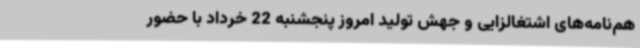
هم‌نامه‌های اشتغالزایی و جهش تولید امروز پنجشنبه 22 خرداد با حضور